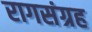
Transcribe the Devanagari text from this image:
रागसंग्रह